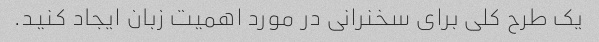
یک طرح کلی برای سخنرانی در مورد اهمیت زبان ایجاد کنید.